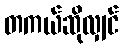
တကယ်ဆိုလျှင်